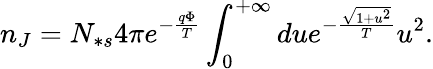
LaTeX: n_{J}=N_{\ast s}4\pi e^{-\frac{q\Phi}{T}}\int_{0}^{+\infty}due^{-\frac{\sqrt{1+u^{2}}}{T}}u^{2}.